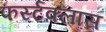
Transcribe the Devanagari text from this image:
फर्स्टक्लास